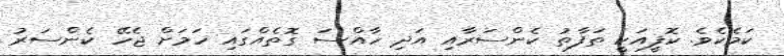
ކަމެކެވެ. ކޮފީއަކީ ތަފާތު ކެންސަރާއި އަދި ހާއްސަ ގޮތެއްގައި ހަމަށް ޖެހޭ ކެންސަރު